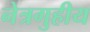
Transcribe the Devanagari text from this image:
नेत्रगुहीय